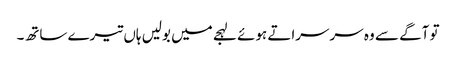
تو آگے سے وہ سرسراتے ہوئے لہجے میں بولیں ہاں تیرے ساتھ۔